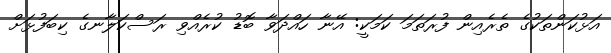
އަޅުކަންތަކުގެ ތެރެއިން ފުރަތަމަ ކަމަކީ: އޭނާ ހައްދަވާ ބޮޑު ކުރެއްވި ރަސްކަލާނގެ ކިބަފުޅަށް